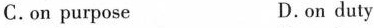
c. on purpose D. on duty